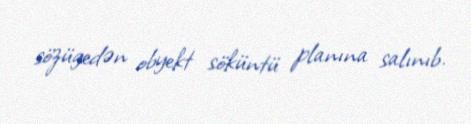
sözügedən obyekt söküntü planına salınıb.